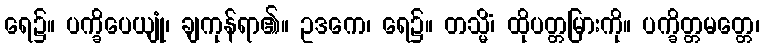
ရေ၌။ ပက္ခိပေယျုံ၊ ချကုန်ရာ၏။ ဥဒကေ၊ ရေ၌။ တသ္မိံ၊ ထိုပတ္တမြားကို။ ပက္ခိတ္တမတ္တေ၊